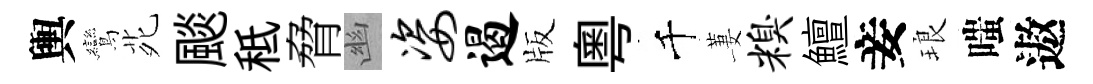
輿鸞𫟍颷秪脅幽姿遏版粵千萋糗鱣妾琅嗤遨